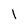
Character: 1